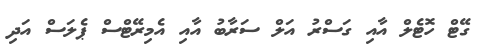
ގޭޓް ހޮޓެލް އާއި ގަސްރު އަލް ސަރާބު އާއި އެމިރޭޓްސް ޕެލަސް އަދި